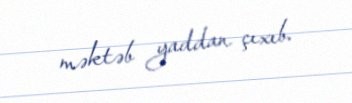
məktəb yaddan çıxıb.